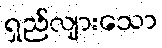
ရှည်လျားသော